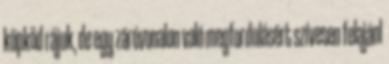
köpköd rájuk, de egy záróvonalon való megfordulásért szívesen felajánl